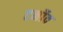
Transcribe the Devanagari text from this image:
टर्नोव